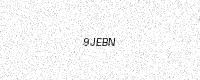
Text: 9JEBN